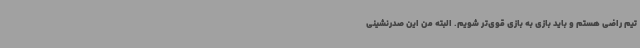
تیم راضی هستم و باید بازی به بازی قوی‌تر شویم. البته من این صدرنشینی